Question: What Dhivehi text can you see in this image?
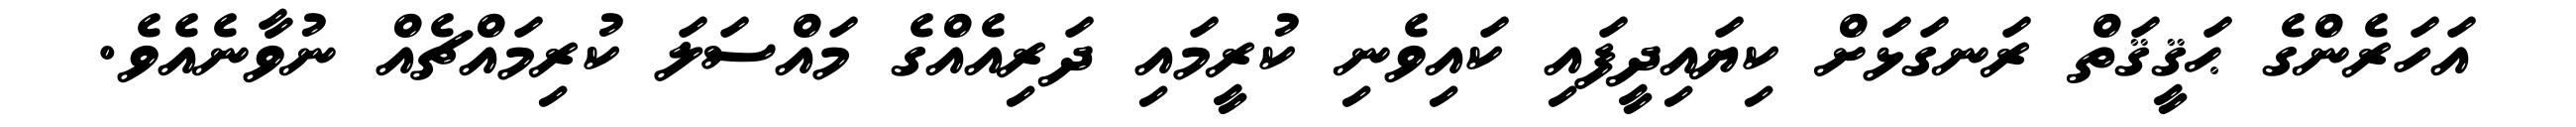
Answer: އަހަރެންގެ ޙަޤީޤަތް ރަނގަޅަށް ކިޔައިދީފައި ކައިވެނި ކުރީމައި ދަރިއެއްގެ މައްސަލަ ކުރިމައްޗެއް ނުވާނެއެވެ.